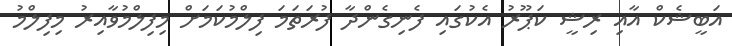
އަބީޝެކް އާއި ރިޝީ ކަޕޫރު އެކުގައި ފެނިގެންދާ ފުރަތަމަ ފިލްމުކަމަށް މިފިލްމުވާއިރު މިފިލްމު